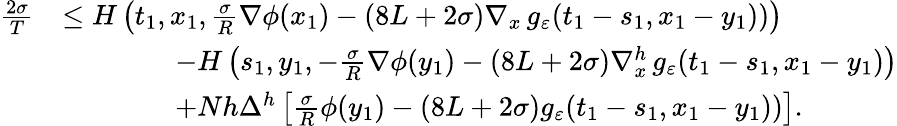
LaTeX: \begin{array}{rl}{\frac{2\sigma}{T}}&{\leq H\left(t_{1},x_{1},\frac\sigma{R}\nabla\phi(x_{1})-(8L+2\sigma)\nabla_{x}\, g_{\varepsilon}(t_{1}-s_{1},x_{1}-y_{1}))\right)}\\ &{\qquad\qquad-H\left(s_{1},y_{1},-\frac\sigma{R}\nabla\phi(y_{1})-(8L+2\sigma)\nabla_{x}^{h}\, g_{\varepsilon}(t_{1}-s_{1},x_{1}-y_{1})\right)}\\ &{\qquad\qquad+Nh\Delta^{h}\left[\frac{\sigma}{R}\phi(y_{1})-(8L+2\sigma)g_{\varepsilon}(t_{1}-s_{1},x_{1}-y_{1}))\right].}\end{array}